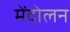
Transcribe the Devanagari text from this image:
मेंदोलन